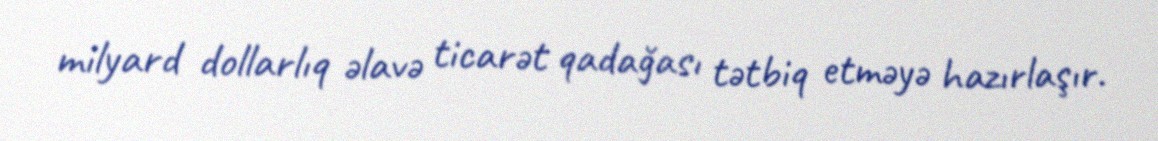
milyard dollarlıq əlavə ticarət qadağası tətbiq etməyə hazırlaşır.